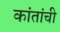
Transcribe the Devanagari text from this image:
कांतांची